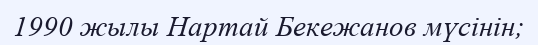
1990 жылы Нартай Бекежанов мүсінін;